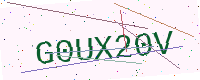
Text: G0UX20V